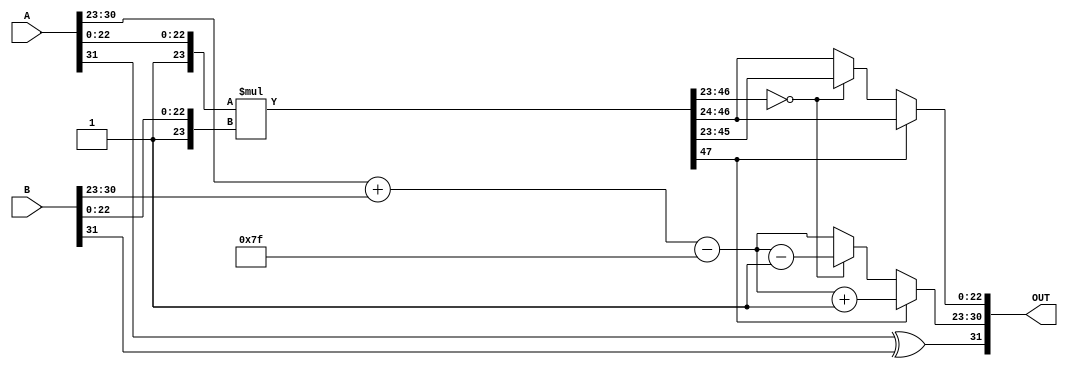
module float_multiplier (
    input [31:0] A, // First floating-point input
    input [31:0] B, // Second floating-point input
    output reg [31:0] OUT // Output floating-point result
);

    // Decomposing the inputs
    wire S_A = A[31]; // Sign bit of A
    wire [7:0] E_A = A[30:23]; // Exponent of A
    wire [22:0] M_A = A[22:0]; // Significand of A (without implicit 1)

    wire S_B = B[31]; // Sign bit of B
    wire [7:0] E_B = B[30:23]; // Exponent of B
    wire [22:0] M_B = B[22:0]; // Significand of B (without implicit 1)

    // Sign Calculation
    wire S_OUT = S_A ^ S_B; // Output sign

    // Exponent Calculation
    wire [8:0] E_OUT_raw = {1'b0, E_A} + {1'b0, E_B} - 8'd127; // Raw exponent (with bias)
    wire [7:0] E_OUT = E_OUT_raw[7:0]; // Adjusted exponent (8 bits)

    // Significand Multiplication
    wire [46:0] M_A_extended = {1'b1, M_A}; // Implicit leading 1 for A
    wire [46:0] M_B_extended = {1'b1, M_B}; // Implicit leading 1 for B
    wire [47:0] M_OUT_raw = M_A_extended * M_B_extended; // 46-bit significand multiplication

    // Normalization
    reg [7:0] E_OUT_final;
    reg [22:0] M_OUT_final;
    wire [47:0] M_OUT = M_OUT_raw;

    always @(*) begin
        if (M_OUT[47]) begin
            // If M_OUT >= 2, right shift and increment exponent
            E_OUT_final = E_OUT + 1;
            M_OUT_final = M_OUT[46:24]; // Keep 23 bits
        end else if (M_OUT[46:23] == 0) begin
            // If M_OUT < 1, left shift and decrement exponent
            E_OUT_final = E_OUT - 1;
            M_OUT_final = M_OUT[45:23]; // Keep 23 bits
        end else begin
            // Normal case
            E_OUT_final = E_OUT;
            M_OUT_final = M_OUT[46:24]; // Keep 23 bits
        end
    end

    // Final Assembly
    always @(*) begin
        // Handle special cases (zero, inf, NaN) here if necessary
        OUT = {S_OUT, E_OUT_final, M_OUT_final};
    end

endmodule